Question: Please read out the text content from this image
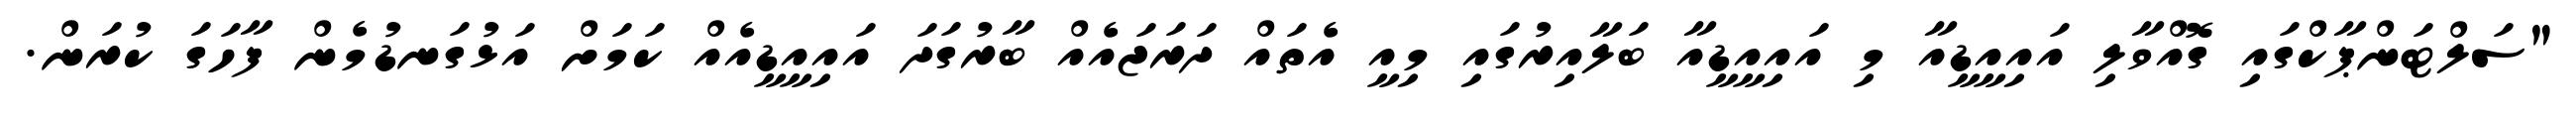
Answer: "ސަލްޓަންޕާކްގައި ގޮއްވާލި އައިއީޑީއާ މި އައިއީޑީއާ ބަލާއިރުގައި މިއީ އެތައް ދަރަޖައެއް ބާރުގަދަ އައިއީޑީއެއް ކަމަށް އަޅުގަނޑުމެން ފާހަގަ ކުރަން.